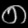
Digit: ၈